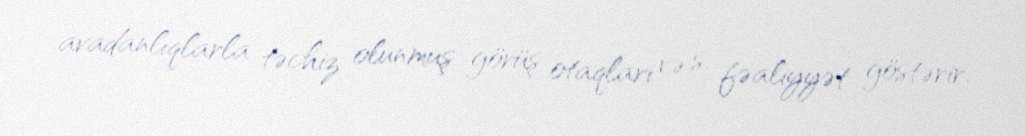
avadanlıqlarla təchiz olunmuş görüş otaqları və s. fəaliyyət göstərir.